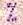
%